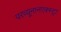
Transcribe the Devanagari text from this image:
परव्यूनानएक्स्ट्रा